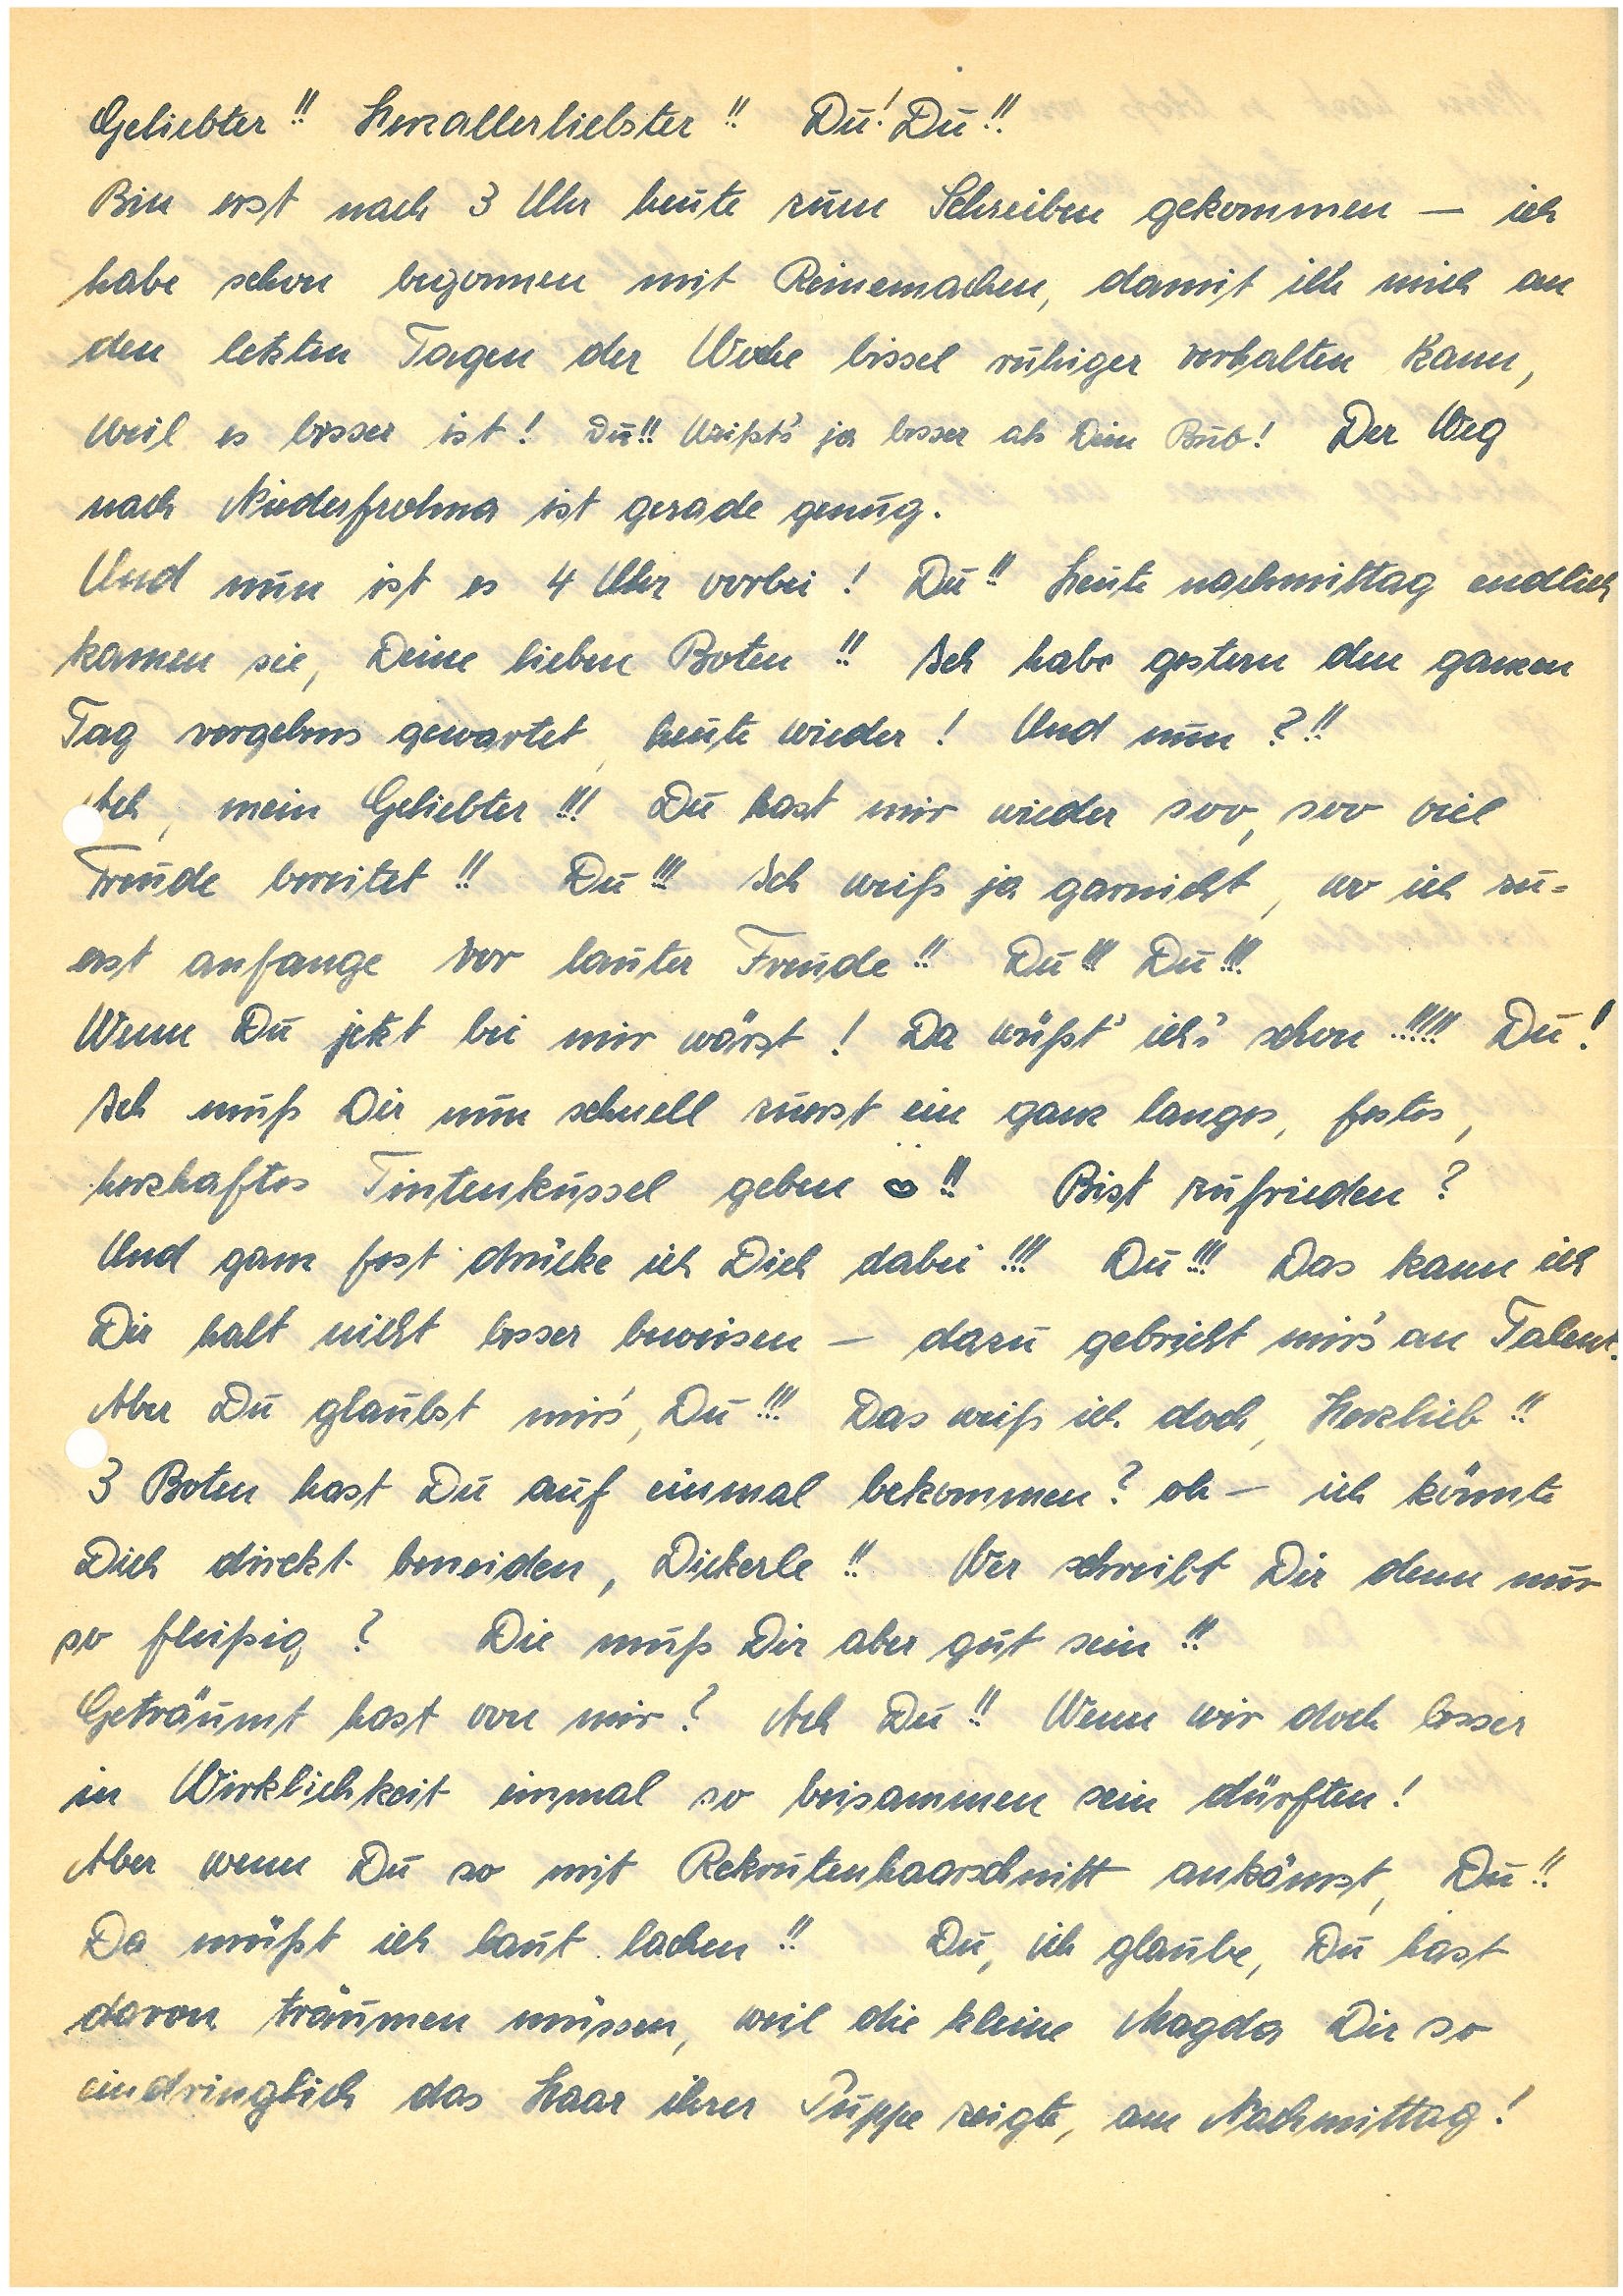
Geliebter!! Herzallerliebster!! Du! Du!!
Bin erst nach 3 Uhr heute zum Schreiben gekommen – ich
habe schon begonnen mit Reinemachen damit ich mich an
den letzten Tagen der Woche bissel ruhiger verhalten kann,
Weil es besser ist! Du!! Weißt’s ja besser als Dein Bub! Der Weg
nach N. ist gerade genug.
Und nun ist es 4 Uhr vorbei! Du!! Heute nachmittag endlich
kamen sie, Deine lieben Boten!! Ich habe gestern den ganzen
Tag vergebns gewartet, heute wieder! Und nun?!!
Ach, mein Geliebter!!! Du hast mir wieder soo soo viel
Freude bereitet!! Du!!! Ich weiß ja garnicht, wo ich zu¬
erst anfange vor lauter Freude!! Du!!! Du!!!
Wenn Du jetzt bei mir wärst! Da wüßt’ ich’s schon!!!!! Du!!
Ich muß Dir nun schnell zuerst ein ganz langes, festes
herzhaftes Tintenkussel geben s!! Bist zufrieden?
Und ganz fest drücke ich Dich dabei!!! Du!!! Das kann ich
Dir halt nicht besser beweisen – dazu gebricht mir’s an Talen.
Aber Du glaubst mir’s Du!!! Das weiß ich doch, Herzlieb!!
3 Boten hast Du auf einmal bekommen? oh – ich könnte
Dich dirckt beneiden, Dickerle!! Wer schreibt Dir denn nur
so fleißig? Die muß Dir aber gut sein!!
Geträumt hast von mir? Ach Du!! Wenn wir doch lesser
in Wirklichkeit einmal so beisammen sein dürften!
Aber wenn Du so mit Rekrutenhaarschnitt ankämst, Du!!
Da müßt ich laut lachen!! Du, ich glaube, Du hast
davon träumen müssen, weil die kleine Magda Dir so
eindringlich das Haar ihrer Puppe zeigte, am Nachmittag!